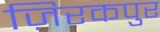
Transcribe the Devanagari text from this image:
ज़िरकपुर